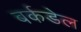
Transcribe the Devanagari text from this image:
बर्कडेल